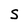
Character: S